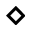
\diamond